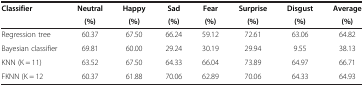
<table><thead><tr><td><b>Classifier</b></td><td><b>Neutral</b></td><td><b>Happy</b></td><td><b>Sad</b></td><td><b>Fear</b></td><td><b>Surprise</b></td><td><b>Disgust</b></td><td><b>Average</b></td></tr><tr><td><b> </b></td><td><b>(%)</b></td><td><b>(%)</b></td><td><b>(%)</b></td><td><b>(%)</b></td><td><b>(%)</b></td><td><b>(%)</b></td><td><b>(%)</b></td></tr></thead><tbody><tr><td>Regression tree</td><td>60.37</td><td>67.50</td><td>66.24</td><td>59.12</td><td>72.61</td><td>63.06</td><td>64.82</td></tr><tr><td>Bayesian classifier</td><td>69.81</td><td>60.00</td><td>29.24</td><td>30.19</td><td>29.94</td><td>9.55</td><td>38.13</td></tr><tr><td>KNN (K = 11)</td><td>63.52</td><td>67.50</td><td>64.33</td><td>66.04</td><td>73.89</td><td>64.97</td><td>66.71</td></tr><tr><td>FKNN (K = 12</td><td>60.37</td><td>61.88</td><td>70.06</td><td>62.89</td><td>70.06</td><td>64.33</td><td>64.93</td></tr></tbody></table>